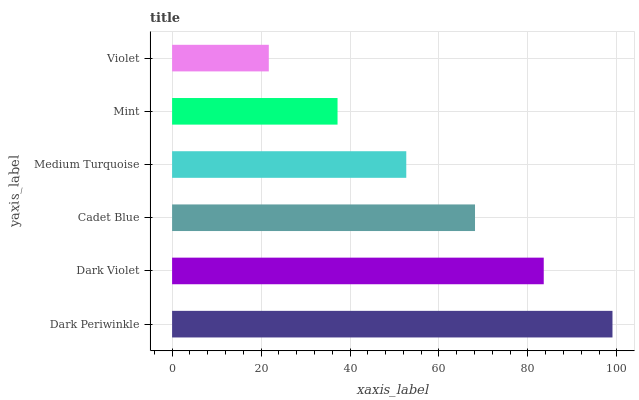
| yaxis_label | bars |
 | --- | --- |
 | Dark Periwinkle | 99 |
 | Dark Violet | 83.5 |
 | Cadet Blue | 68.1 |
 | Medium Turquoise | 52.6 |
 | Mint | 37.2 |
 | Violet | 21.7 |